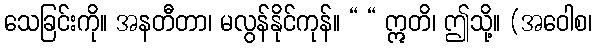
သေခြင်းကို။ အနတီတာ၊ မလွန်နိုင်ကုန်။ “ “ ဣတိ၊ ဤသို့။ (အဝေါစ၊